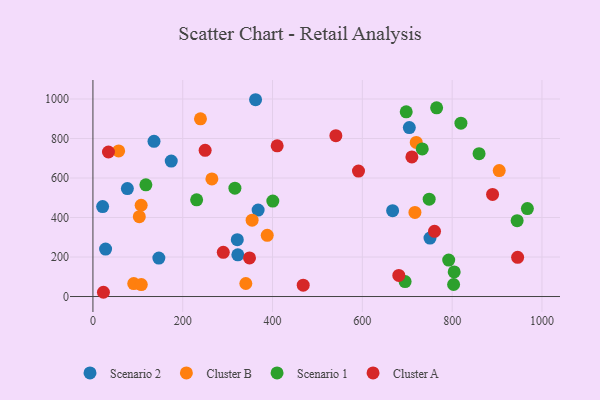
{"axis": {"x": "Engine Size", "y": "Exam Score"}, "legend": ["Cluster A", "Cluster B", "Scenario 1", "Scenario 2"], "data": [{"x": "174.4", "y": 685.7, "type": "Scenario 2"}, {"x": "750.6", "y": 295.8, "type": "Scenario 2"}, {"x": "321.5", "y": 288.0, "type": "Scenario 2"}, {"x": "21.6", "y": 455.4, "type": "Scenario 2"}, {"x": "136.0", "y": 785.7, "type": "Scenario 2"}, {"x": "76.7", "y": 546.5, "type": "Scenario 2"}, {"x": "667.4", "y": 434.6, "type": "Scenario 2"}, {"x": "704.6", "y": 855.1, "type": "Scenario 2"}, {"x": "322.7", "y": 211.2, "type": "Scenario 2"}, {"x": "146.8", "y": 194.8, "type": "Scenario 2"}, {"x": "28.2", "y": 240.3, "type": "Scenario 2"}, {"x": "367.9", "y": 437.6, "type": "Scenario 2"}, {"x": "362.2", "y": 996.3, "type": "Scenario 2"}, {"x": "720.0", "y": 780.3, "type": "Cluster B"}, {"x": "717.1", "y": 425.6, "type": "Cluster B"}, {"x": "264.9", "y": 595.4, "type": "Cluster B"}, {"x": "904.8", "y": 637.6, "type": "Cluster B"}, {"x": "340.5", "y": 65.8, "type": "Cluster B"}, {"x": "103.3", "y": 404.0, "type": "Cluster B"}, {"x": "239.5", "y": 899.4, "type": "Cluster B"}, {"x": "107.4", "y": 462.1, "type": "Cluster B"}, {"x": "388.2", "y": 310.0, "type": "Cluster B"}, {"x": "57.3", "y": 737.0, "type": "Cluster B"}, {"x": "354.5", "y": 386.3, "type": "Cluster B"}, {"x": "90.9", "y": 65.4, "type": "Cluster B"}, {"x": "107.7", "y": 60.3, "type": "Cluster B"}, {"x": "803.2", "y": 60.9, "type": "Scenario 1"}, {"x": "944.7", "y": 384.1, "type": "Scenario 1"}, {"x": "819.5", "y": 877.7, "type": "Scenario 1"}, {"x": "695.2", "y": 75.5, "type": "Scenario 1"}, {"x": "967.5", "y": 445.3, "type": "Scenario 1"}, {"x": "765.4", "y": 955.3, "type": "Scenario 1"}, {"x": "748.8", "y": 492.6, "type": "Scenario 1"}, {"x": "733.4", "y": 747.4, "type": "Scenario 1"}, {"x": "697.7", "y": 934.8, "type": "Scenario 1"}, {"x": "859.9", "y": 723.0, "type": "Scenario 1"}, {"x": "117.9", "y": 565.6, "type": "Scenario 1"}, {"x": "792.3", "y": 184.6, "type": "Scenario 1"}, {"x": "400.6", "y": 483.2, "type": "Scenario 1"}, {"x": "231.0", "y": 489.7, "type": "Scenario 1"}, {"x": "316.2", "y": 548.6, "type": "Scenario 1"}, {"x": "804.5", "y": 124.7, "type": "Scenario 1"}, {"x": "34.6", "y": 731.7, "type": "Cluster A"}, {"x": "890.0", "y": 517.1, "type": "Cluster A"}, {"x": "541.0", "y": 814.1, "type": "Cluster A"}, {"x": "290.3", "y": 223.8, "type": "Cluster A"}, {"x": "249.9", "y": 740.2, "type": "Cluster A"}, {"x": "710.3", "y": 706.7, "type": "Cluster A"}, {"x": "760.7", "y": 330.1, "type": "Cluster A"}, {"x": "348.7", "y": 195.2, "type": "Cluster A"}, {"x": "468.3", "y": 57.4, "type": "Cluster A"}, {"x": "410.3", "y": 762.7, "type": "Cluster A"}, {"x": "591.4", "y": 635.0, "type": "Cluster A"}, {"x": "945.8", "y": 198.2, "type": "Cluster A"}, {"x": "681.2", "y": 107.0, "type": "Cluster A"}, {"x": "23.4", "y": 21.5, "type": "Cluster A"}]}